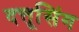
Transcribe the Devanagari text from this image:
दत्तूसिंग